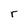
Character: r